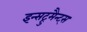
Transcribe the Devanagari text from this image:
इन्सट्रुमैन्ट्स